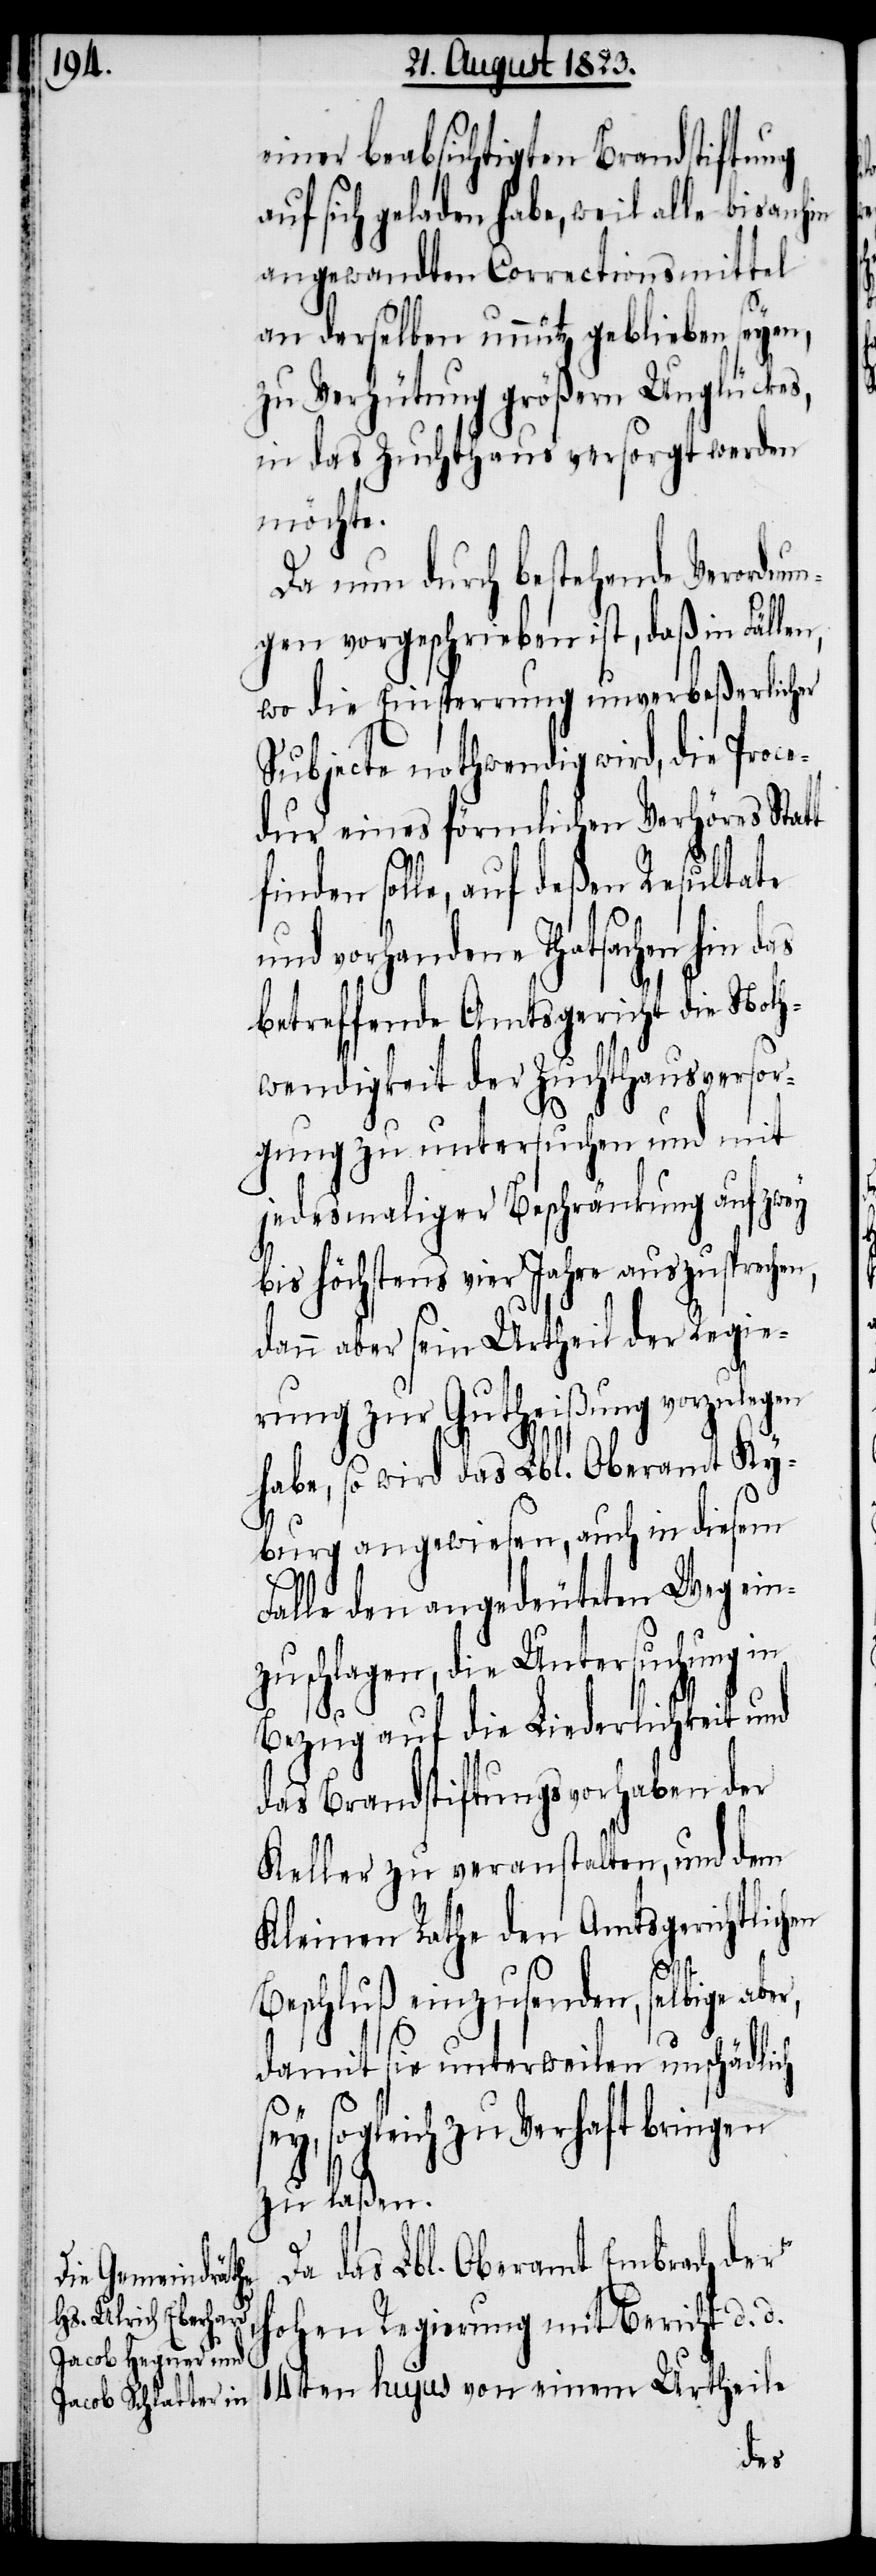
einer beabsichtigten Brandstiftung
auf sich geladen habe, weil alle bisanhin
angewandten Correctionsmittel
an derselben unnütz geblieben seyen,
zu Verhütung größern Unglückes,
in das Zuchthaus versorgt werden
möchte.
Da nun durch bestehende Verordnun¬
gen vorgeschrieben ist, daß in Fällen,
wo die Einsprerrung unverbeßerlicher
Subjecte nothwendig wird, die Proce¬
dur eines förmlichen Verhöres Stat¬
finden solle, auf deßen Resultate
und vorhandene Thatsachen hin
betreffende Amtsgericht die Noth¬
wendigkeit der Zuchthausversor¬
gung zu untersuchen und mit
jedesmaliger Beschränkung auf zwey
bis höchstens vier Jahre auszuprechen,
dann aber sein Urtheil der Regie¬
rung zur Gutheißung vorzulegen
habe, so wird das Lbl. Oberamt Ky¬
burg angewiesen, auch in diesem
Falle den angedeuteten Weg ein¬
zuschlagen, die Untersuchung in
Bezug auf die Liederlichkeit und
das Brandstiftungsvorhaben der
Keller zu veranstalten, und dem
Kleinen Rathe den Amtsgerichtlichen
Beschluß einzusenden, selbige ab¬
damit sie unterweilen unschädlich
sogleich zu Verhaft bringen
zu laßen.
Da das Lbl. Oberamt Embrach der
hohen Regierung mit Bericht d. d.
14ten hujus von einem Urtheile
er,